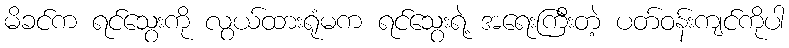
မိခင်က ရင်သွေးကို လွယ်ထားရုံမက ရင်သွေးရဲ့ အရေးကြီးတဲ့ ပတ်ဝန်းကျင်ကိုပါ